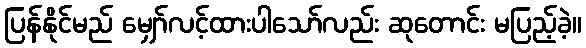
ပြန်နိုင်မည် မျှော်လင့်ထားပါသော်လည်း ဆုတောင်း မပြည့်ခဲ့။